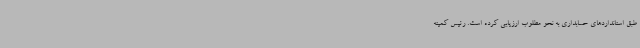
طبق استانداردهای حسابداری به نحو مطلوب ارزیابی کرده است. رئیس کمیته